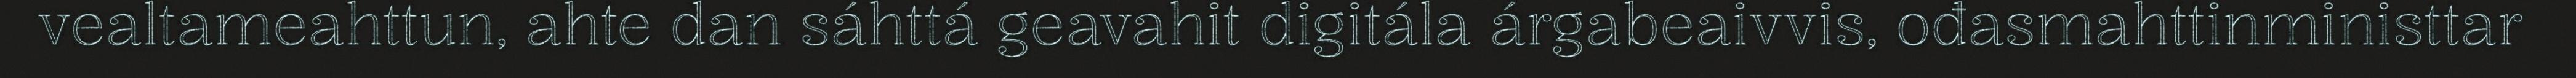
vealtameahttun, ahte dan sáhttá geavahit digitála árgabeaivvis, ođasmahttinministtar